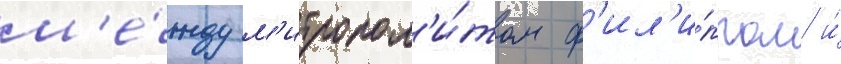
м'е́жду м'итропол'и́том ф'ил'и́ппом и́